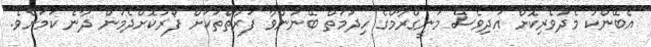
އެބޭންކު މެދުވެރިކޮށް އަދިވެސް މަނީގްރާމްގެ ހިދުމަތް ބޭނުންވާ ފަރާތްތަކަށް ފޯރުކޮށްދެމުން ދާނެ ކަމަށެވެ.